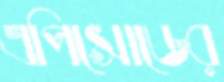
এপিসোডের